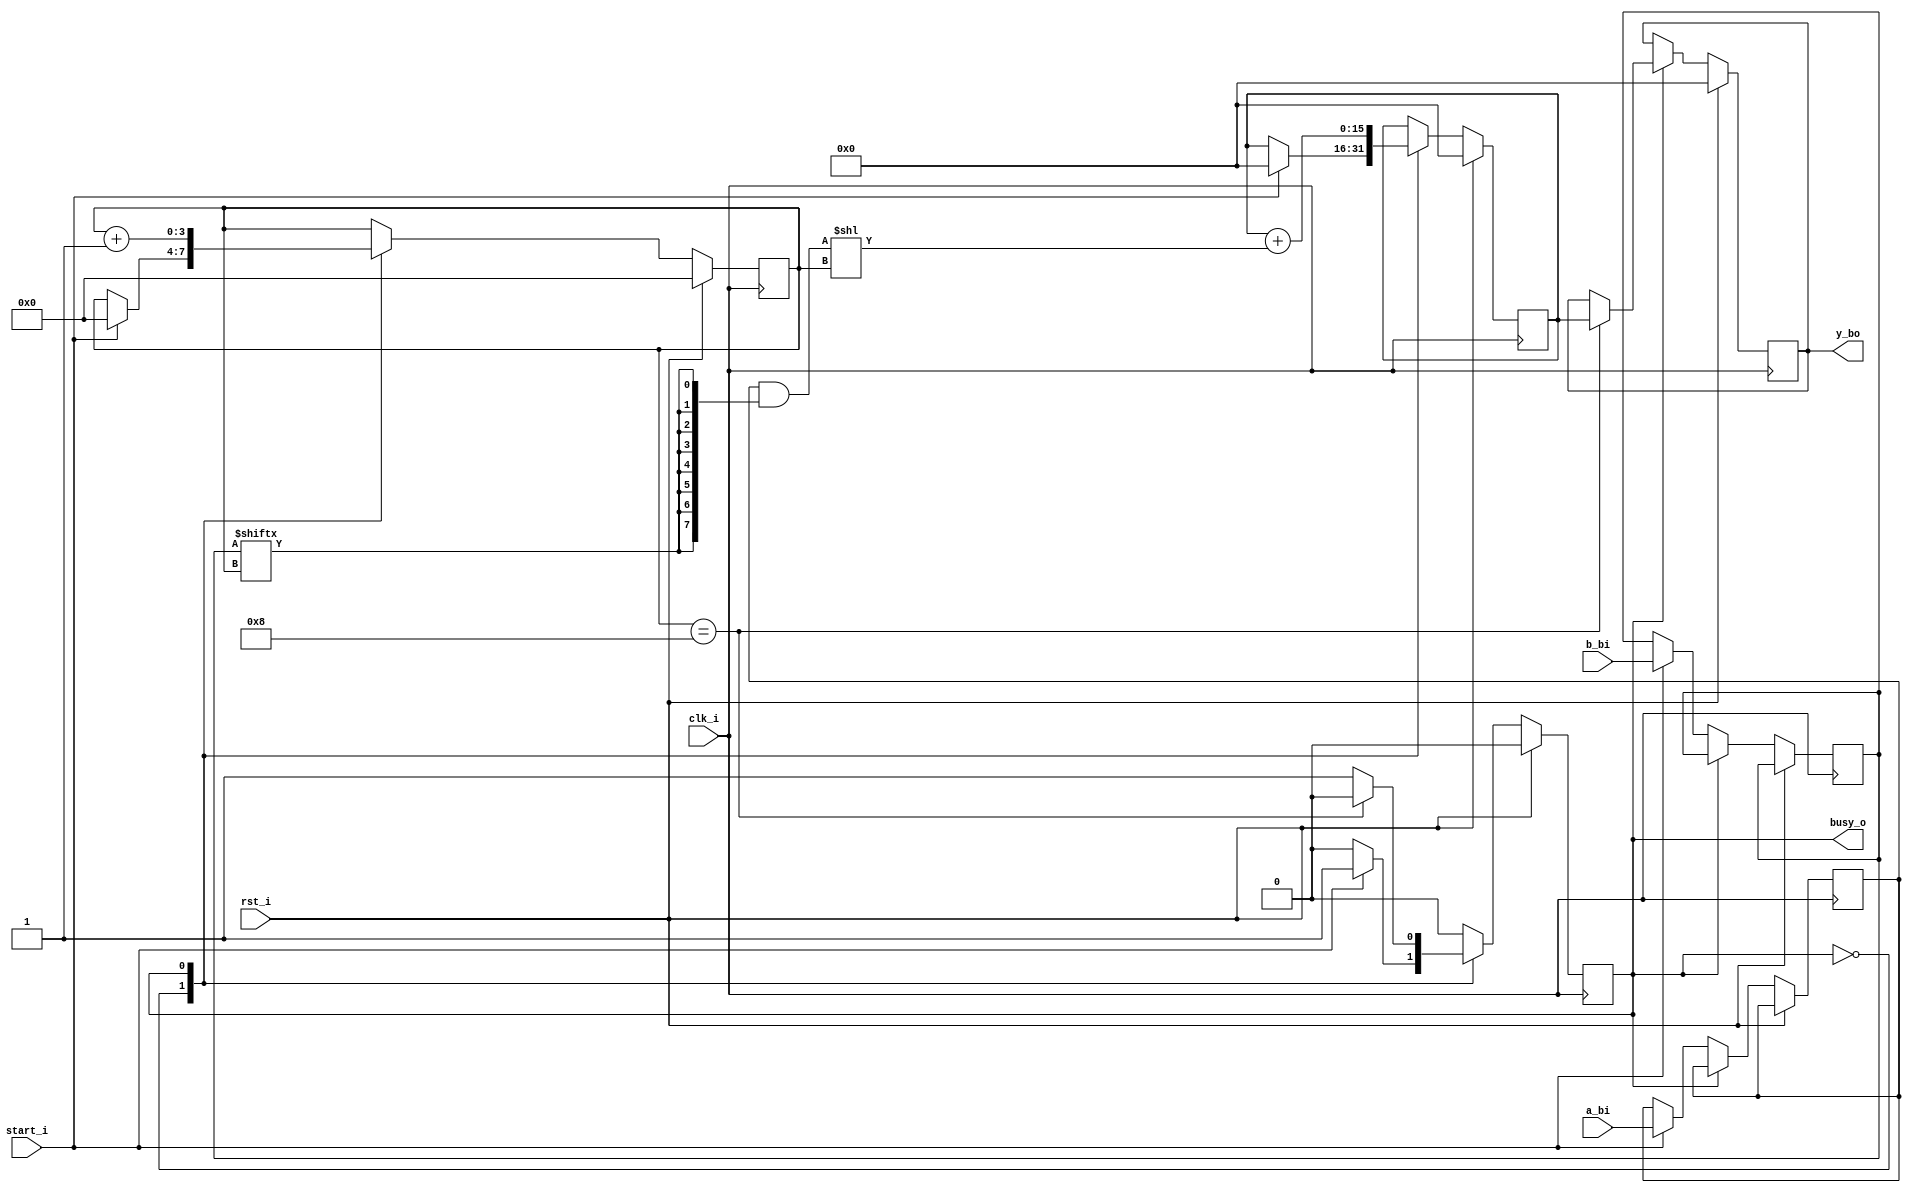
`timescale 1ns / 1ps
//////////////////////////////////////////////////////////////////////////////////
// Company: 
// Engineer: 
// 
// Design Name: 
// Module Name: mult
// Project Name: 
// Target Devices: 
// Tool Versions: 
// Description: 
// 
// Dependencies: 
// 
// Revision:
// Revision 0.01 - File Created
// Additional Comments:
// 
//////////////////////////////////////////////////////////////////////////////////


module mult(
    input clk_i,
    input rst_i,
    input [7:0] a_bi,
    input [7:0] b_bi,
    input start_i,
    output busy_o,
    output reg [15:0] y_bo
);
    localparam IDLE = 1'b0;
    localparam WORK = 1'b1;
    
    reg [3:0] ctr;
    wire [3:0] end_step;
    wire [7:0] part_sum;
    wire [15:0] shifted_part_sum;
    reg [7:0] a, b;
    reg [15:0] part_res;
    reg state;
    
    assign part_sum = a & {8{b[ctr]}};
    assign shifted_part_sum = part_sum << ctr;
    assign end_step = (ctr == 4'h8);  // in the book this was 3, WTF guys???????
                                      // the operand has 8 bits, and you only go through 7 of them
    assign busy_o = state;
    
    always @(posedge clk_i)
    if (rst_i) begin
        ctr <= 0;
        part_res <= 0;
        y_bo <= 0;
        state <= IDLE;
    end else begin
        case (state)
            IDLE:
                if (start_i) begin
                    state <= WORK;
                    a <= a_bi;
                    b <= b_bi;
                    ctr <= 0;
                    part_res <= 0;
                end
            WORK:
                begin
                    if (end_step) begin
                        state <= IDLE;
                        y_bo <= part_res;
                    end
                    
                    part_res <= part_res + shifted_part_sum;
                    ctr <= ctr + 1;
                end
        endcase
    end
endmodule